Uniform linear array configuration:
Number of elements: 8
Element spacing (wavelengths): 0.75
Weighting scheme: exponential
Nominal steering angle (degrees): -15
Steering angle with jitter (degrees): -14.25
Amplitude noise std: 0.05
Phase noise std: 0.05

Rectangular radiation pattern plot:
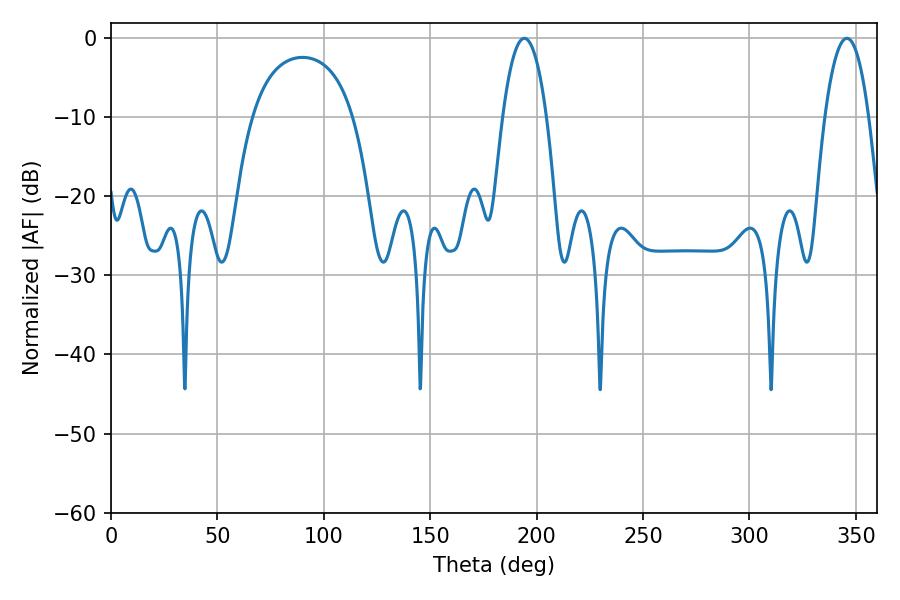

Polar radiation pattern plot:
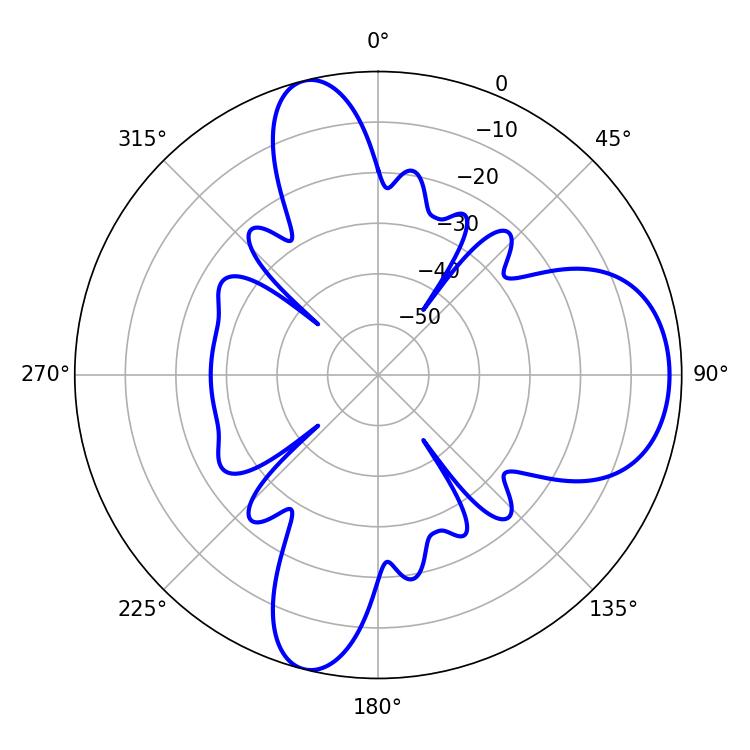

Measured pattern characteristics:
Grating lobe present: TRUE
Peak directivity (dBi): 9.627
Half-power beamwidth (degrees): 11.52
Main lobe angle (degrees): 194.22